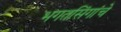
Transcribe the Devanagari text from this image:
भगतसिंगांचे